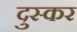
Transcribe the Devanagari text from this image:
दुस्कर